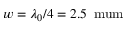
w = \lambda _ { 0 } / 4 = 2 . 5 \, \mathrm { \ m u m }